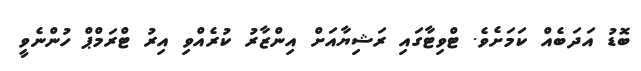
ބޮޑު އަދަބެއް ކަމަށެވެ. ޓްވިޓާގައި ރަޝިޔާއަށް އިންޒާރު ކުރެއްވި އިރު ޓްރަމްޕް ހުންނެވީ